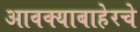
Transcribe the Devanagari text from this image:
आवक्याबाहेरचे